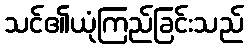
သင်၏ယုံကြည်ခြင်းသည်